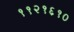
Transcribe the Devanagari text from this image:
११२१६१०